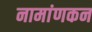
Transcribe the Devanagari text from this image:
नामांणकन